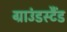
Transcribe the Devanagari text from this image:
ग्राउंडस्टैंड